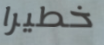
خطيرا